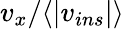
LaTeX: v_{x}/\langle|v_{ins}|\rangle